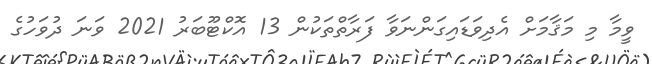
ވީމާ މި މަޤާމަށް އެދިވަޑައިގަންނަވާ ފަރާތްތަކުން 13 އޮކްޓޫބަރު 2021 ވަނަ ދުވަހުގެ